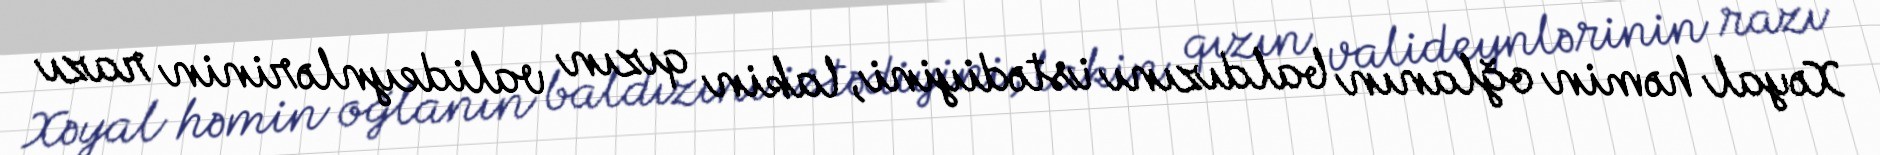
Xəyal həmin oğlanın baldızını istədiyini, lakin qızın valideynlərinin razı